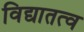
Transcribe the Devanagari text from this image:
विद्यातत्व